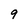
Character: 9